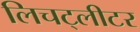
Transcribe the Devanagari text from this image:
लिचट्लीटर